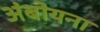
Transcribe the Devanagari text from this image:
अंबोयना